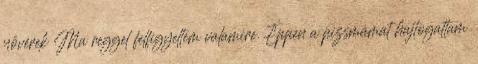
nővérek Ma reggel felfigyeltem valamire. Éppen a pizsmámat hajtogattam